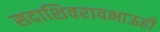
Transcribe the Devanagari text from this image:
सदाशिवरावभाऊही